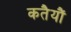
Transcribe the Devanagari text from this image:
कतैयौं